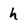
Character: h